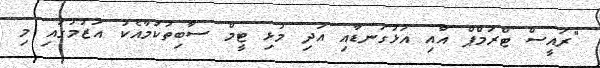
"ރައީސް ޓްރަމްޕް އާއި އަޅުގަނޑާއި އަދި މުޅި ޓީމް ސާބިތުކަމާއެކު އަޒުމުގައި މި